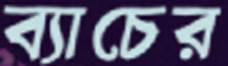
ব্যাচের